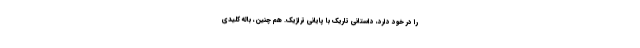
را در خود دارد، داستانی تاریک با پایانی تراژیک. هم چنین، باله کلیدی